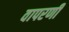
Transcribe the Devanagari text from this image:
वापरणी